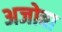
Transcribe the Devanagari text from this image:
अजोबा